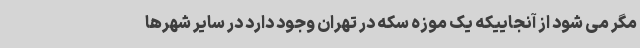
مگر می شود از آنجاییکه یک موزه سکه در تهران وجود دارد در سایر شهرها